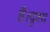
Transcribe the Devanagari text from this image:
है।दृश्य